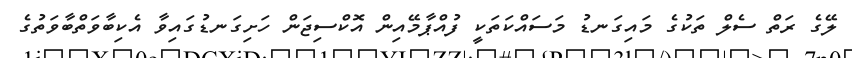
ލޭގެ ރަތް ސެލް ތަކުގެ މައިގަނޑު މަސައްކަތަކީ ފުއްޕާމޭއިން އޮކްސިޖަން ހަށިގަނޑުގައިވާ އެކިބާވަތްބާވަތުގެ